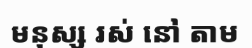
មនុស្ស រស់ នៅ តាម